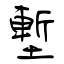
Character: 塹